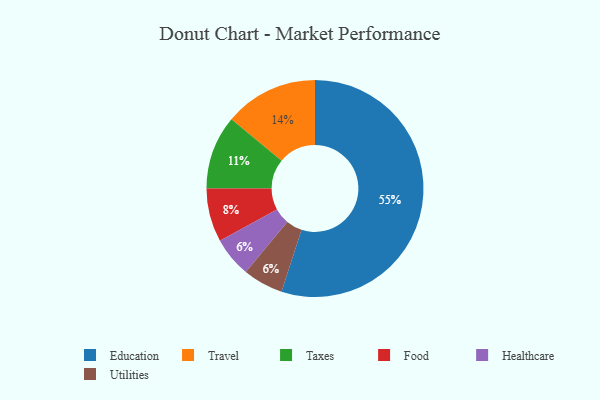
{"axis": {"x": "Category", "y": "Percentage"}, "legend": ["Education", "Food", "Healthcare", "Taxes", "Travel", "Utilities"], "data": [{"x": "Taxes", "y": 11, "type": "Taxes"}, {"x": "Education", "y": 55, "type": "Education"}, {"x": "Travel", "y": 14, "type": "Travel"}, {"x": "Food", "y": 8, "type": "Food"}, {"x": "Healthcare", "y": 6, "type": "Healthcare"}, {"x": "Utilities", "y": 6, "type": "Utilities"}]}